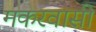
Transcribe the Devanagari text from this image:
मकरवासी